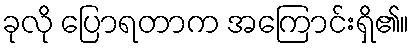
ခုလို ပြောရတာက အကြောင်းရှိ၏။